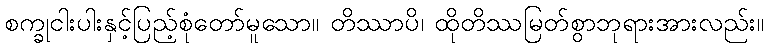
စက္ခုငါးပါးနှင့်ပြည့်စုံတော်မူသော။ တိဿာပိ၊ ထိုတိဿမြတ်စွာဘုရားအားလည်း။